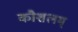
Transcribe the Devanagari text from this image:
कौशलम्‌